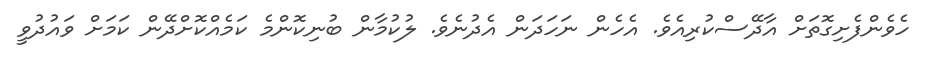
ހެވެންފެށިގޮތަށް އާދޭސްކުރިއެވެ. އެހެން ނަހަދަން އެދުނެވެ. ލުކުމާން ބުނިކޮންމެ ކަމެއްކޮށްދޭން ކަމަށް ވައުދުވީ